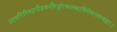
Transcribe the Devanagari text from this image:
उदयगिरिभद्रगौडकपौण्ड्रोत्कलकाषिमेकलाम्बष्ठाः।